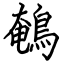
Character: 鵪